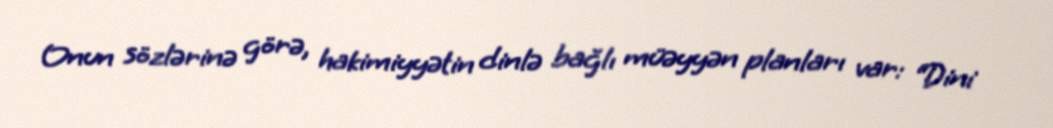
Onun sözlərinə görə, hakimiyyətin dinlə bağlı müəyyən planları var: “Dini